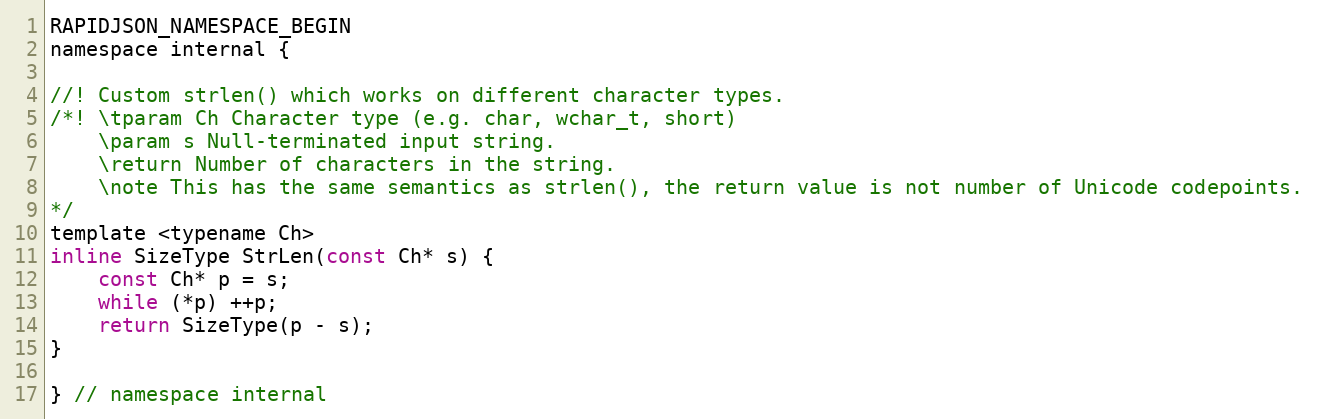
Language: C
RAPIDJSON_NAMESPACE_BEGIN
namespace internal {

//! Custom strlen() which works on different character types.
/*! \tparam Ch Character type (e.g. char, wchar_t, short)
    \param s Null-terminated input string.
    \return Number of characters in the string.
    \note This has the same semantics as strlen(), the return value is not number of Unicode codepoints.
*/
template <typename Ch>
inline SizeType StrLen(const Ch* s) {
    const Ch* p = s;
    while (*p) ++p;
    return SizeType(p - s);
}

} // namespace internal